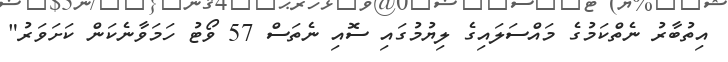
އިތުބާރު ނެތްކަމުގެ މައްސަލައިގެ ލިޔުމުގައި ސޮއި ނެތަސް 57 ވޯޓު ހަމަވާނެކަން ކަށަވަރު"